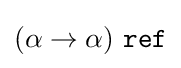
{\textstyle (\alpha \to \alpha )\ {\mathtt {ref}}}